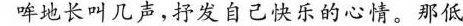
哞地长叫几声，抒发自己快乐的心情。那低